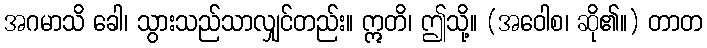
အဂမာသိ ခေါ၊ သွားသည်သာလျှင်တည်း။ ဣတိ၊ ဤသို့။ (အဝေါစ၊ ဆို၏။) တာတ